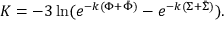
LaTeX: K = - 3 \ln ( e ^ { - k ( \Phi + \bar { \Phi } ) } - e ^ { - k ( \Sigma + \bar { \Sigma } ) } ) .